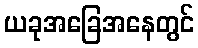
ယခုအခြေအနေတွင်